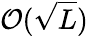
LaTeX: \mathcal{O}(\sqrt{L})